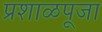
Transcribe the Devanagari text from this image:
प्रशाळपूजा